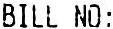
BILL NO: